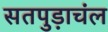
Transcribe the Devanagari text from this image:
सतपुड़ाचंल